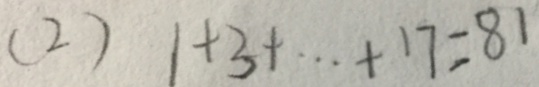
( 2 ) 1 + 3 + \cdots + 1 7 = 8 1